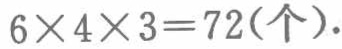
\(6\times4\times3 = 72(\text{个}).\)